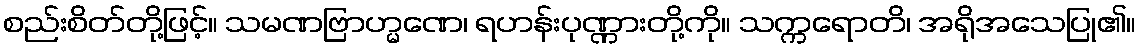
စည်းစိတ်တို့ဖြင့်။ သမဏဗြာဟ္မဏေ၊ ရဟန်းပုဏ္ဏားတို့ကို။ သက္ကရောတိ၊ အရိုအသေပြု၏။